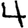
Digit: 4